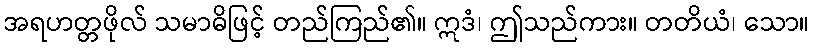
အရဟတ္တဖိုလ် သမာဓိဖြင့် တည်ကြည်၏။ ဣဒံ၊ ဤသည်ကား။ တတိယံ၊ သော။